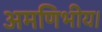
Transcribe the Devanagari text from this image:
अमणिभीय।